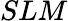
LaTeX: SLM